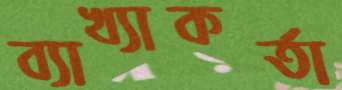
ব্যাখ্যাকর্তা